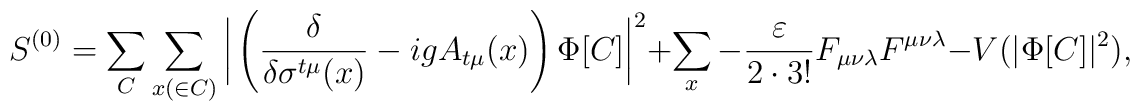
S^{(0)} = \sum_{C} \sum_{x(\in C)} \bigg|  \left(\frac{\delta}{\delta\sigma^{t\mu} (x) } - i g A_{t\mu}(x) \right) \Phi[C]\bigg|^2 + \sum_{x} - \frac{\varepsilon}{2 \cdot 3! } F_{\mu\nu\lambda}F^{\mu\nu\lambda} - V(|\Phi[C]|^2) ,